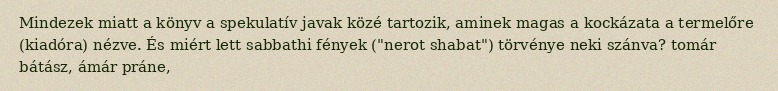
Mindezek miatt a könyv a spekulatív javak közé tartozik, aminek magas a kockázata a termelőre (kiadóra) nézve. És miért lett sabbathi fények ("nerot shabat") törvénye neki szánva? tomár bátász, ámár práne,